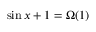
\sin x + 1 = \Omega ( 1 )